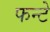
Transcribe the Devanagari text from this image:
फन्टे